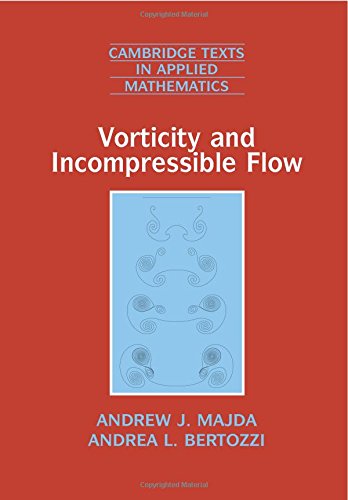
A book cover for Vorticity and Incompressible Flow (Cambridge Texts in Applied Mathematics); Professor Andrew J. Majda; Science & Math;